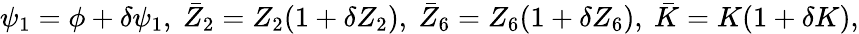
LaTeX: \psi_{1}=\phi+\delta\psi_{1},\ \bar{Z}_{2}=Z_{2}(1+\delta Z_{2}),\ \bar{Z}_{6}=Z_{6}(1+\delta Z_{6}),\ \bar{K}=K(1+\delta K),